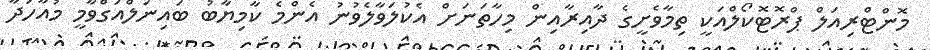
މޮންޓްރިއަލް ޕްރޮޓޮކޯލްއަކީ ތިމާވެށީގެ ދާއިރާއިން މިހާތަނަށް އެކުލަވާލެވުނު އެންމެ ކާމިޔާބު ބައިނަލްއަގްވާމީ މުއާހަދާ